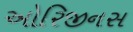
ઓરિજીનસ